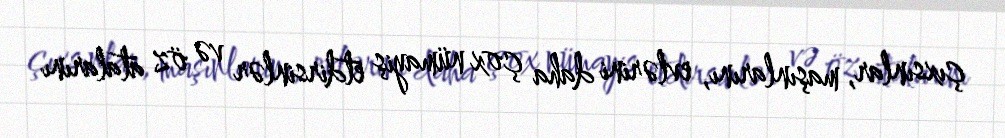
çıxsınlar, maşınlarını, evlərini daha çox nümayiş etdirsinlər və öz atalarını